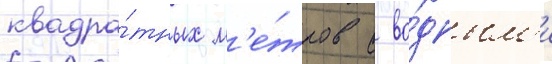
квадра́тных м'е́тров с во́дным'и